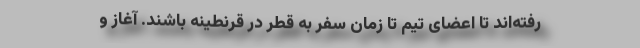
رفته‌اند تا اعضای تیم تا زمان سفر به قطر در قرنطینه باشند. آغاز و